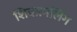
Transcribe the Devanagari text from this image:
शिवात्मलिंग